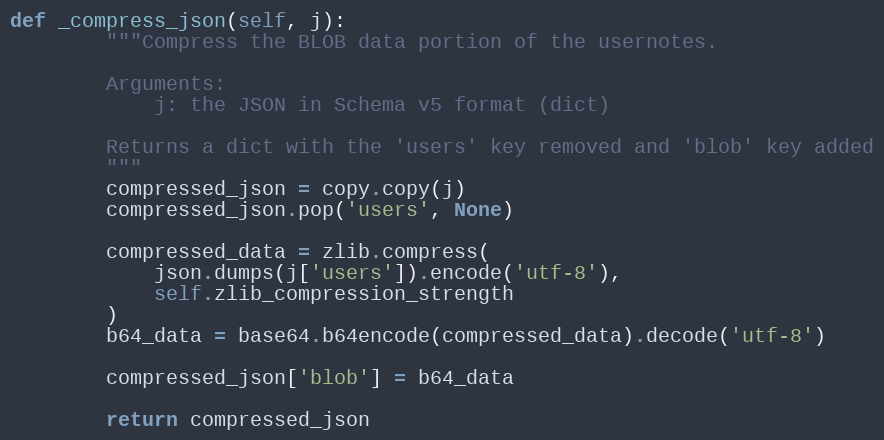
Language: Python
def _compress_json(self, j):
        """Compress the BLOB data portion of the usernotes.

        Arguments:
            j: the JSON in Schema v5 format (dict)

        Returns a dict with the 'users' key removed and 'blob' key added
        """
        compressed_json = copy.copy(j)
        compressed_json.pop('users', None)

        compressed_data = zlib.compress(
            json.dumps(j['users']).encode('utf-8'),
            self.zlib_compression_strength
        )
        b64_data = base64.b64encode(compressed_data).decode('utf-8')

        compressed_json['blob'] = b64_data

        return compressed_json